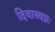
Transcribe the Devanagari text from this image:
दिवास्वप्नः